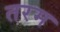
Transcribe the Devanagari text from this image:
तरम